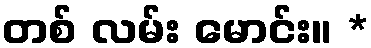
တစ် လမ်း မောင်း။ *